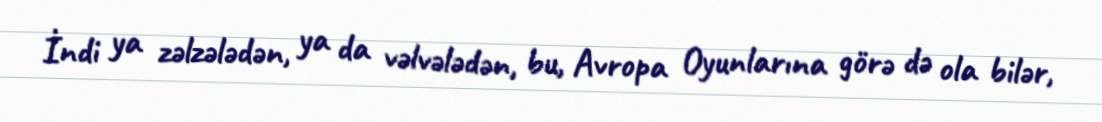
İndi ya zəlzələdən, ya da vəlvələdən, bu, Avropa Oyunlarına görə də ola bilər,